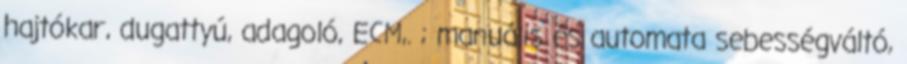
hajtókar, dugattyú, adagoló, ECM,. ; manuális és automata sebességváltó,